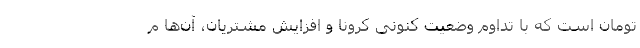
تومان است که با تداوم وضعیت کنونی کرونا و افزایش مشتریان، آن‌ها م